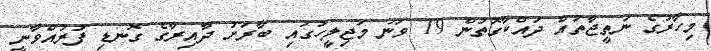
މިހާރުގެ ނަތީޖާތައް ދައްކާގޮތުން 19 ވަނަ މަޖިލީހުގައި ބާރަށު ދާއިރާގެ ގޮނޑި ފުުރުއްވާނީ